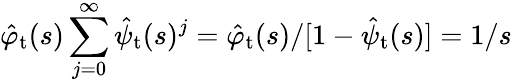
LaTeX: \hat{\varphi}_{\mathrm{t}}(s)\sum_{j=0}^{\infty}\hat{\psi}_{\mathrm{t}}(s)^{j}=\hat{\varphi}_{\mathrm{t}}(s)/[1-\hat{\psi}_{\mathrm{t}}(s)]=1/s